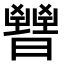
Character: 𣋤